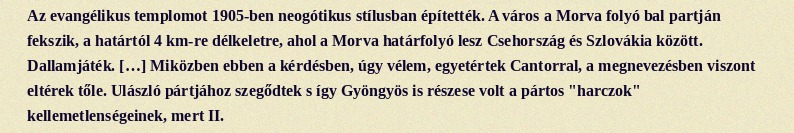
Az evangélikus templomot 1905-ben neogótikus stílusban építették. A város a Morva folyó bal partján fekszik, a határtól 4 km-re délkeletre, ahol a Morva határfolyó lesz Csehország és Szlovákia között. Dallamjáték. […] Miközben ebben a kérdésben, úgy vélem, egyetértek Cantorral, a megnevezésben viszont eltérek tőle. Ulászló pártjához szegődtek s így Gyöngyös is részese volt a pártos "harczok" kellemetlenségeinek, mert II.